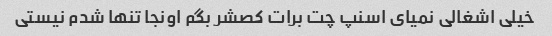
خیلی اشغالی نمیای اسنپ چت برات کصشر بگم اونجا تنها شدم نیستی